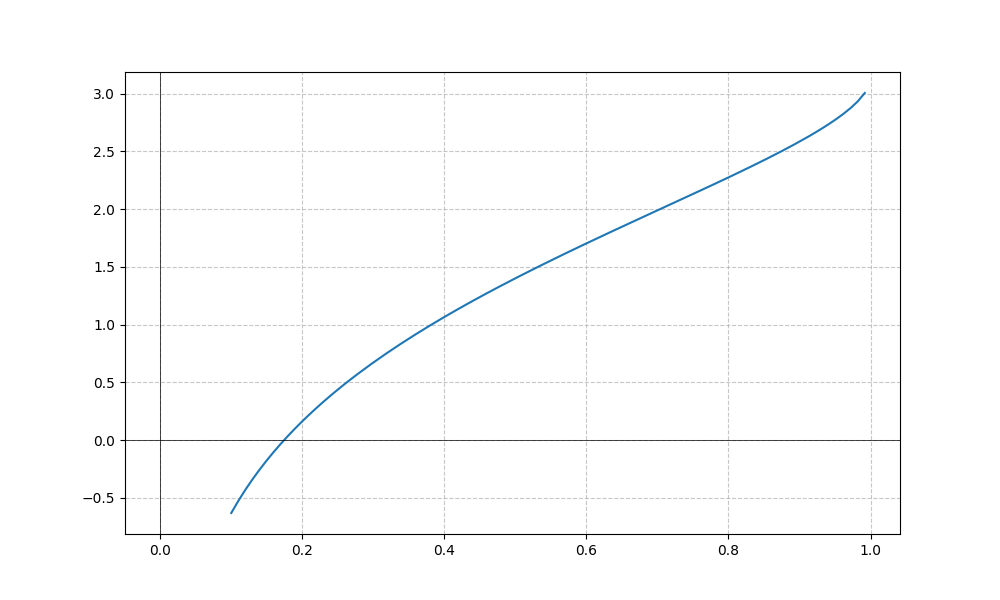
LaTeX formula: \log{\left(x \right)} + \operatorname{acos}{\left(- x \right)}